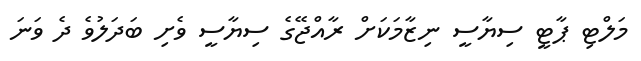
މަލްޓި ޕާޓީ ސިޔާސީ ނިޒާމަކަށް ރާއްޖޭގެ ސިޔާސީ ވެށި ބަދަލުވެ ދެ ވަނަ